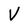
Character: V